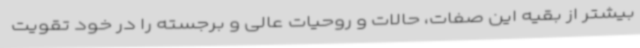
بیشتر از بقیه این صفات، حالات و روحیات عالی و برجسته را در خود تقویت